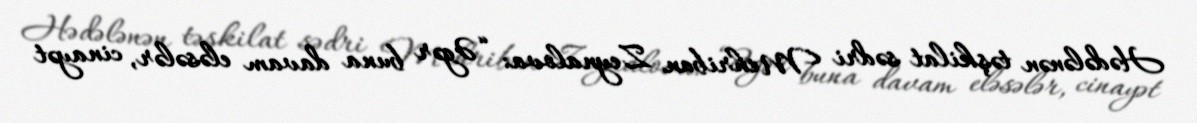
Hədələnən təşkilat sədri Mehriban Zeynalova: “Əgər buna davam eləsələr, cinayət